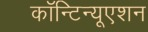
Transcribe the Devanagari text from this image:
कॉन्‍टिन्‍यूएशन